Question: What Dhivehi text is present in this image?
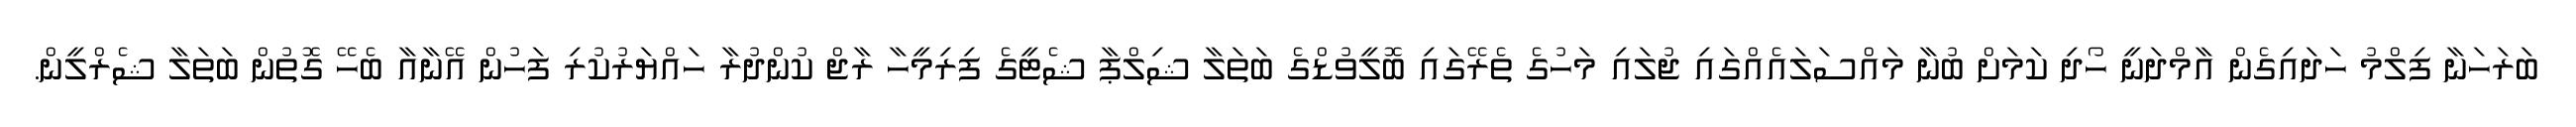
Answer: ބަރަހަނާ ފިލްމު ހަދައިގެން އާމްދަނީ ހޯދި ކަމަށް ބުނާ މައްސަލައެއްގައި ޖުލައި މަހުގެ ތެރޭގައި ބޮލީވުޑްގެ ބަތަލާ ޝިލްޕާ ޝެޓީގެ ފިރިމީހާ ރާޖް ކުންދުރާ ހައްޔަރުކުރި ފަހުން އޭނާއާ ބެހޭ ގޮތުން ބަތަލާ ޝެރްލީން.